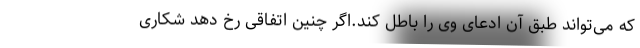
که می‌تواند طبق آن ادعای وی را باطل کند.اگر چنین اتفاقی رخ دهد شکاری